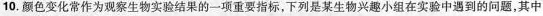
10.颜色变化常作为观察生物实验结果的一项重要指标，下列是某生物兴趣小组在实验中遇到的问题，其中